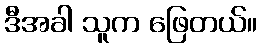
ဒီအခါ သူက ဖြေတယ်။